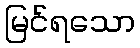
မြင်ရသော